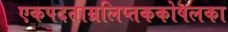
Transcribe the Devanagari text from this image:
एकपदताम्रलिप्तककोषलका